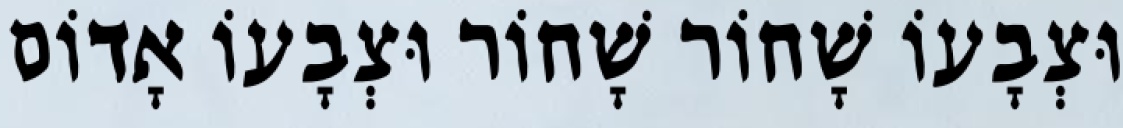
וּצְבָעוֹ שָׁחוֹר שָׁחוֹר וּצְבָעוֹ אָדוֹם